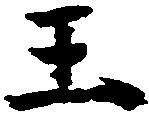
王